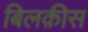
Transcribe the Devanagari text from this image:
बिलक़ीस